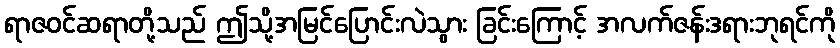
ရာဇဝင်ဆရာတို့သည် ဤသို့အမြင်ပြောင်းလဲသွား ခြင်းကြောင့် အလက်ဇန်းဒရားဘုရင်ကို